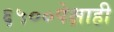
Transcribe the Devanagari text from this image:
६५००पेक्षाही